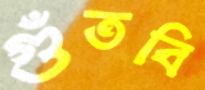
গুঁতবি